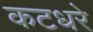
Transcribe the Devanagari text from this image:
कटधरे